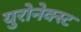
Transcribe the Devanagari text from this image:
युरोनेक्स्ट